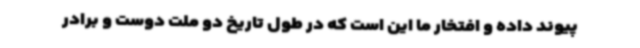
پیوند داده و افتخار ما این است که در طول تاریخ دو ملت دوست و برادر